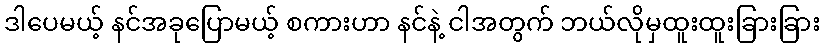
ဒါပေမယ့် နင်အခုပြောမယ့် စကားဟာ နင်နဲ့ ငါအတွက် ဘယ်လိုမှထူးထူးခြားခြား